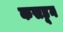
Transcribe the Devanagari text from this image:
कसडून